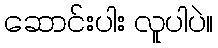
ဆောင်းပါး လူပါပဲ။